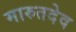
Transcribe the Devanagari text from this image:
मारुतदेव